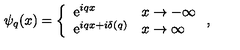
\psi _ { q } ( x ) = \left\{ \begin{array} { l l } { \mathrm { e } ^ { i q x } } & { x \to - \infty } \\ { \mathrm { e } ^ { i q x + i \delta ( q ) } } & { x \to \infty } \\ \end{array} \right. ,